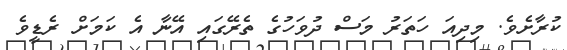
ކުރާށެވެ. މިދިއަ ހަތަރު މަސް ދުވަހުގެ ތެރޭގައި އޭނާ އެ ކަމަށް ރެޑީވެ